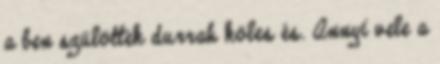
a ben szülöttek durrah köles és. Annyi vele a